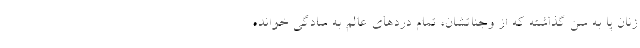
زنان پا به سن گذاشته که از وجناتشان، تمام دردهای عالم به سادگی خوانده